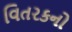
વિતરકનો